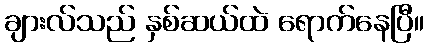
ချားလ်သည် နှစ်ဆယ်ထဲ ရောက်နေပြီ။